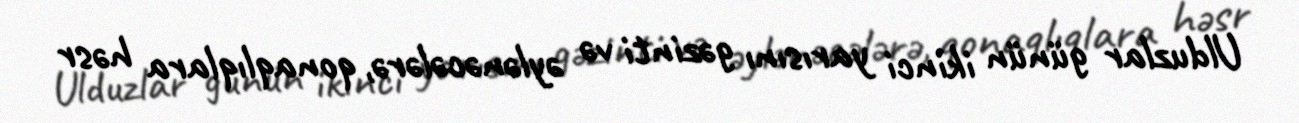
Ulduzlar günün ikinci yarısını gəzinti və əylənəcələrə, qonaqlıqlara həsr